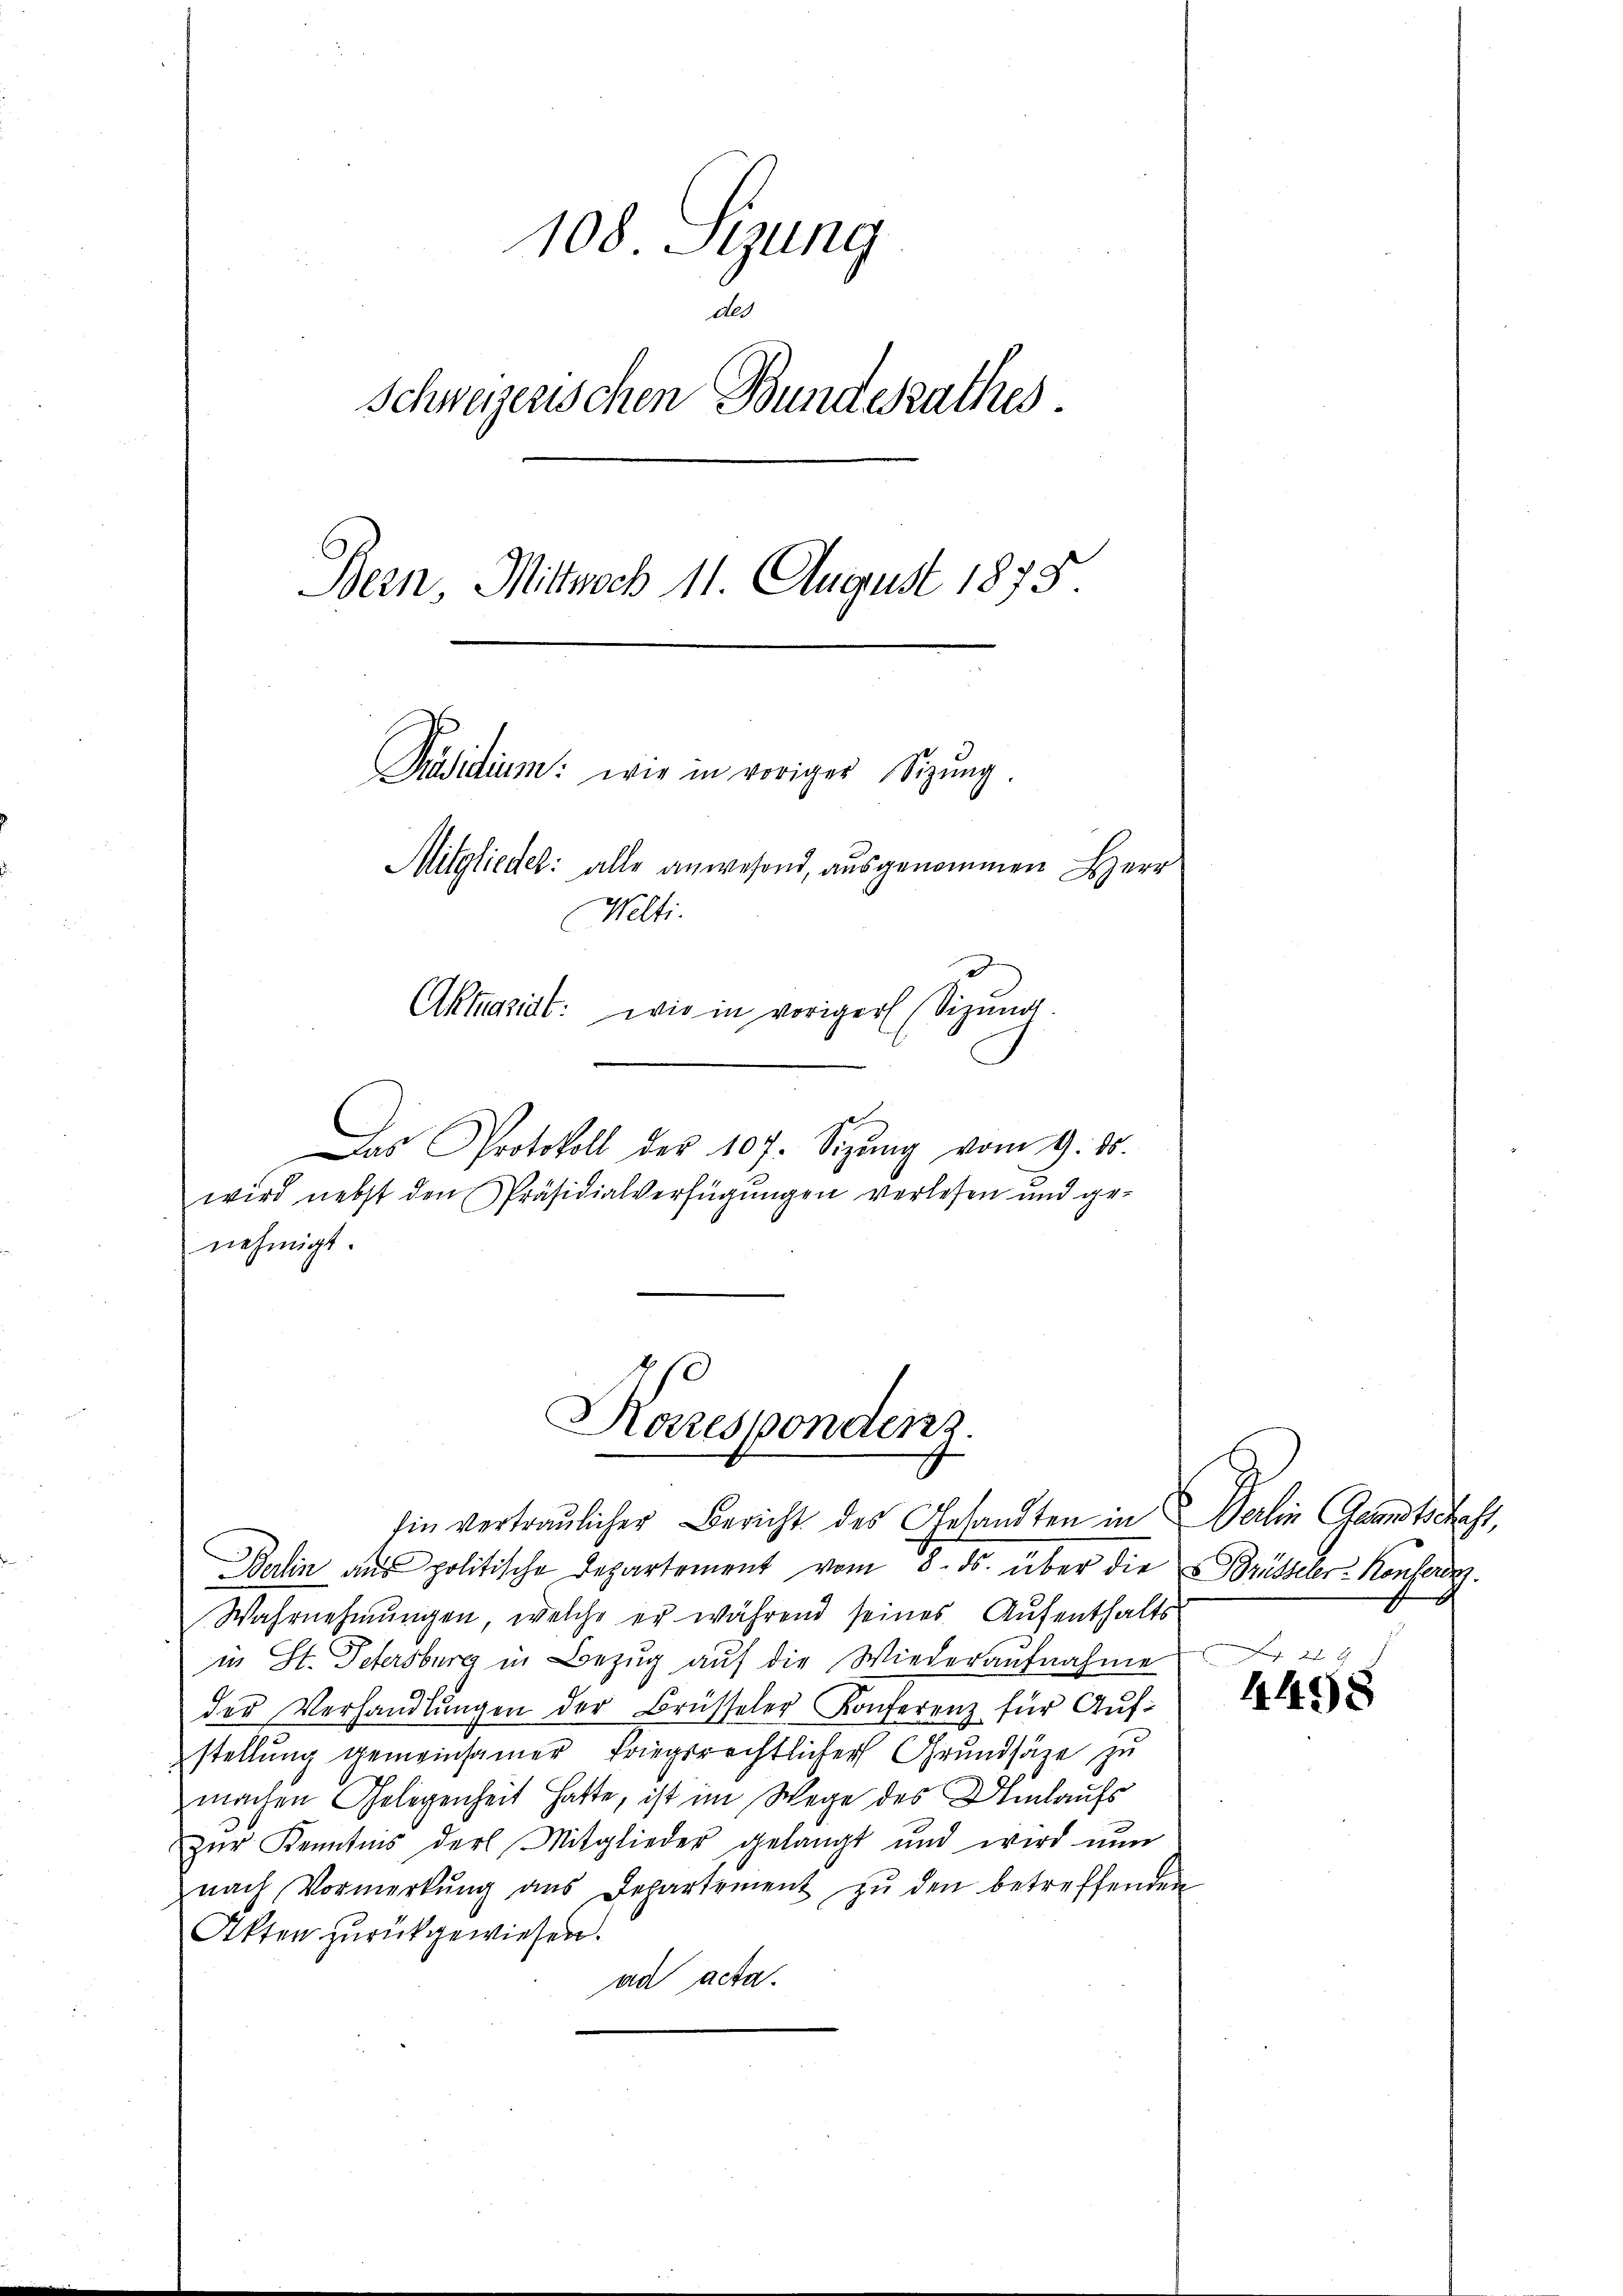
108. Sitzung
des
Schweizerischen Bundesrathes.
Bern, Mittwoch 11. August 1875
Präsidium: wie in voriger Sitzŭng.
Mitgliedel: alle anwesend, ausgenommen Herr
Welti.
Aktrasiat: wie in voriger (Sizŭng.

Das Protokoll des 107. Sitzŭng vom 9. ds.
wird nebst den Präsidialverfügŭngen verlesen und ge-
nehmigt.

Korrespondenz.
hin vertraulicher Bericht des Gesandten in Verlin Grandtschaft,

Balin aus politische Departement vom 8. ds. über die Brütteler-Konferdig.
Wahrnehmungen, welche er während seines Aufenthalts
in St. Petersburg in Bezŭg aŭf die Wiederaŭfnahme Fr. 29
der Verhandlŭngen der Brüsseler-Konferenz für Aŭf-
stellung gemeinsamer Kriegsrechtlicher Grundsätze zu
machen Gelegenheit hatte, ist im Wege des Umlaufs
zŭr Kenntnis der Mitglieder gelangt und wird nŭn
nach Vormerkŭng ans Departement zŭ den betreffenden
Akten zurückgewiesen.
ad acta.

4498